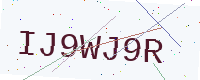
Text: IJ9WJ9R